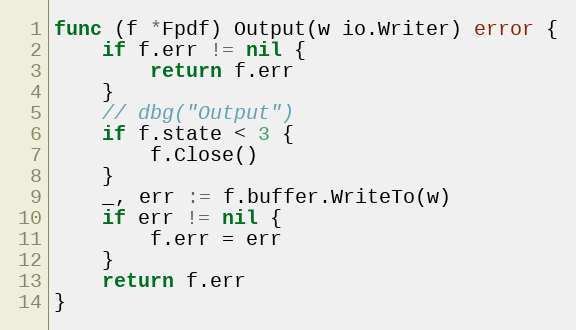
Language: Go
func (f *Fpdf) Output(w io.Writer) error {
	if f.err != nil {
		return f.err
	}
	// dbg("Output")
	if f.state < 3 {
		f.Close()
	}
	_, err := f.buffer.WriteTo(w)
	if err != nil {
		f.err = err
	}
	return f.err
}